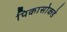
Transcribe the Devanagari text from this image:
पिकासोकडे